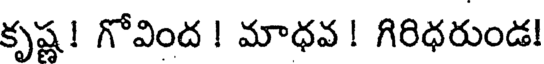
కృష్ణ! గోవింద ! మాధవ ! గిరిధరుండ!